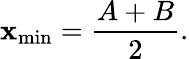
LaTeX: \mathbf{x}_{\mathrm{{min}}}=\frac{{A+B}}{{2}}.